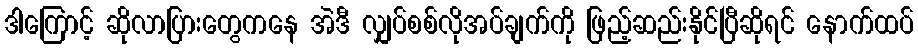
ဒါကြောင့် ဆိုလာပြားတွေကနေ အဲဒီ လျှပ်စစ်လိုအပ်ချက်ကို ဖြည့်ဆည်းနိုင်ပြီဆိုရင် နောက်ထပ်